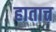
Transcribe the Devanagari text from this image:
हातात्त